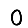
Digit: 0